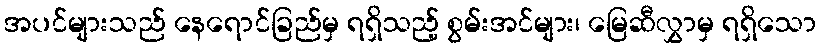
အပင်များသည် နေရောင်ခြည်မှ ရရှိသည့် စွမ်းအင်များ၊ မြေဆီလွှာမှ ရရှိသော